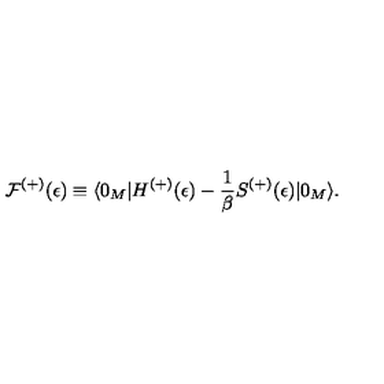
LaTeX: { \cal F } ^ { ( + ) } ( \epsilon ) \equiv \langle 0 _ { M } | H ^ { ( + ) } ( \epsilon ) - \frac { 1 } { \beta } S ^ { ( + ) } ( \epsilon ) | 0 _ { M } \rangle { . }